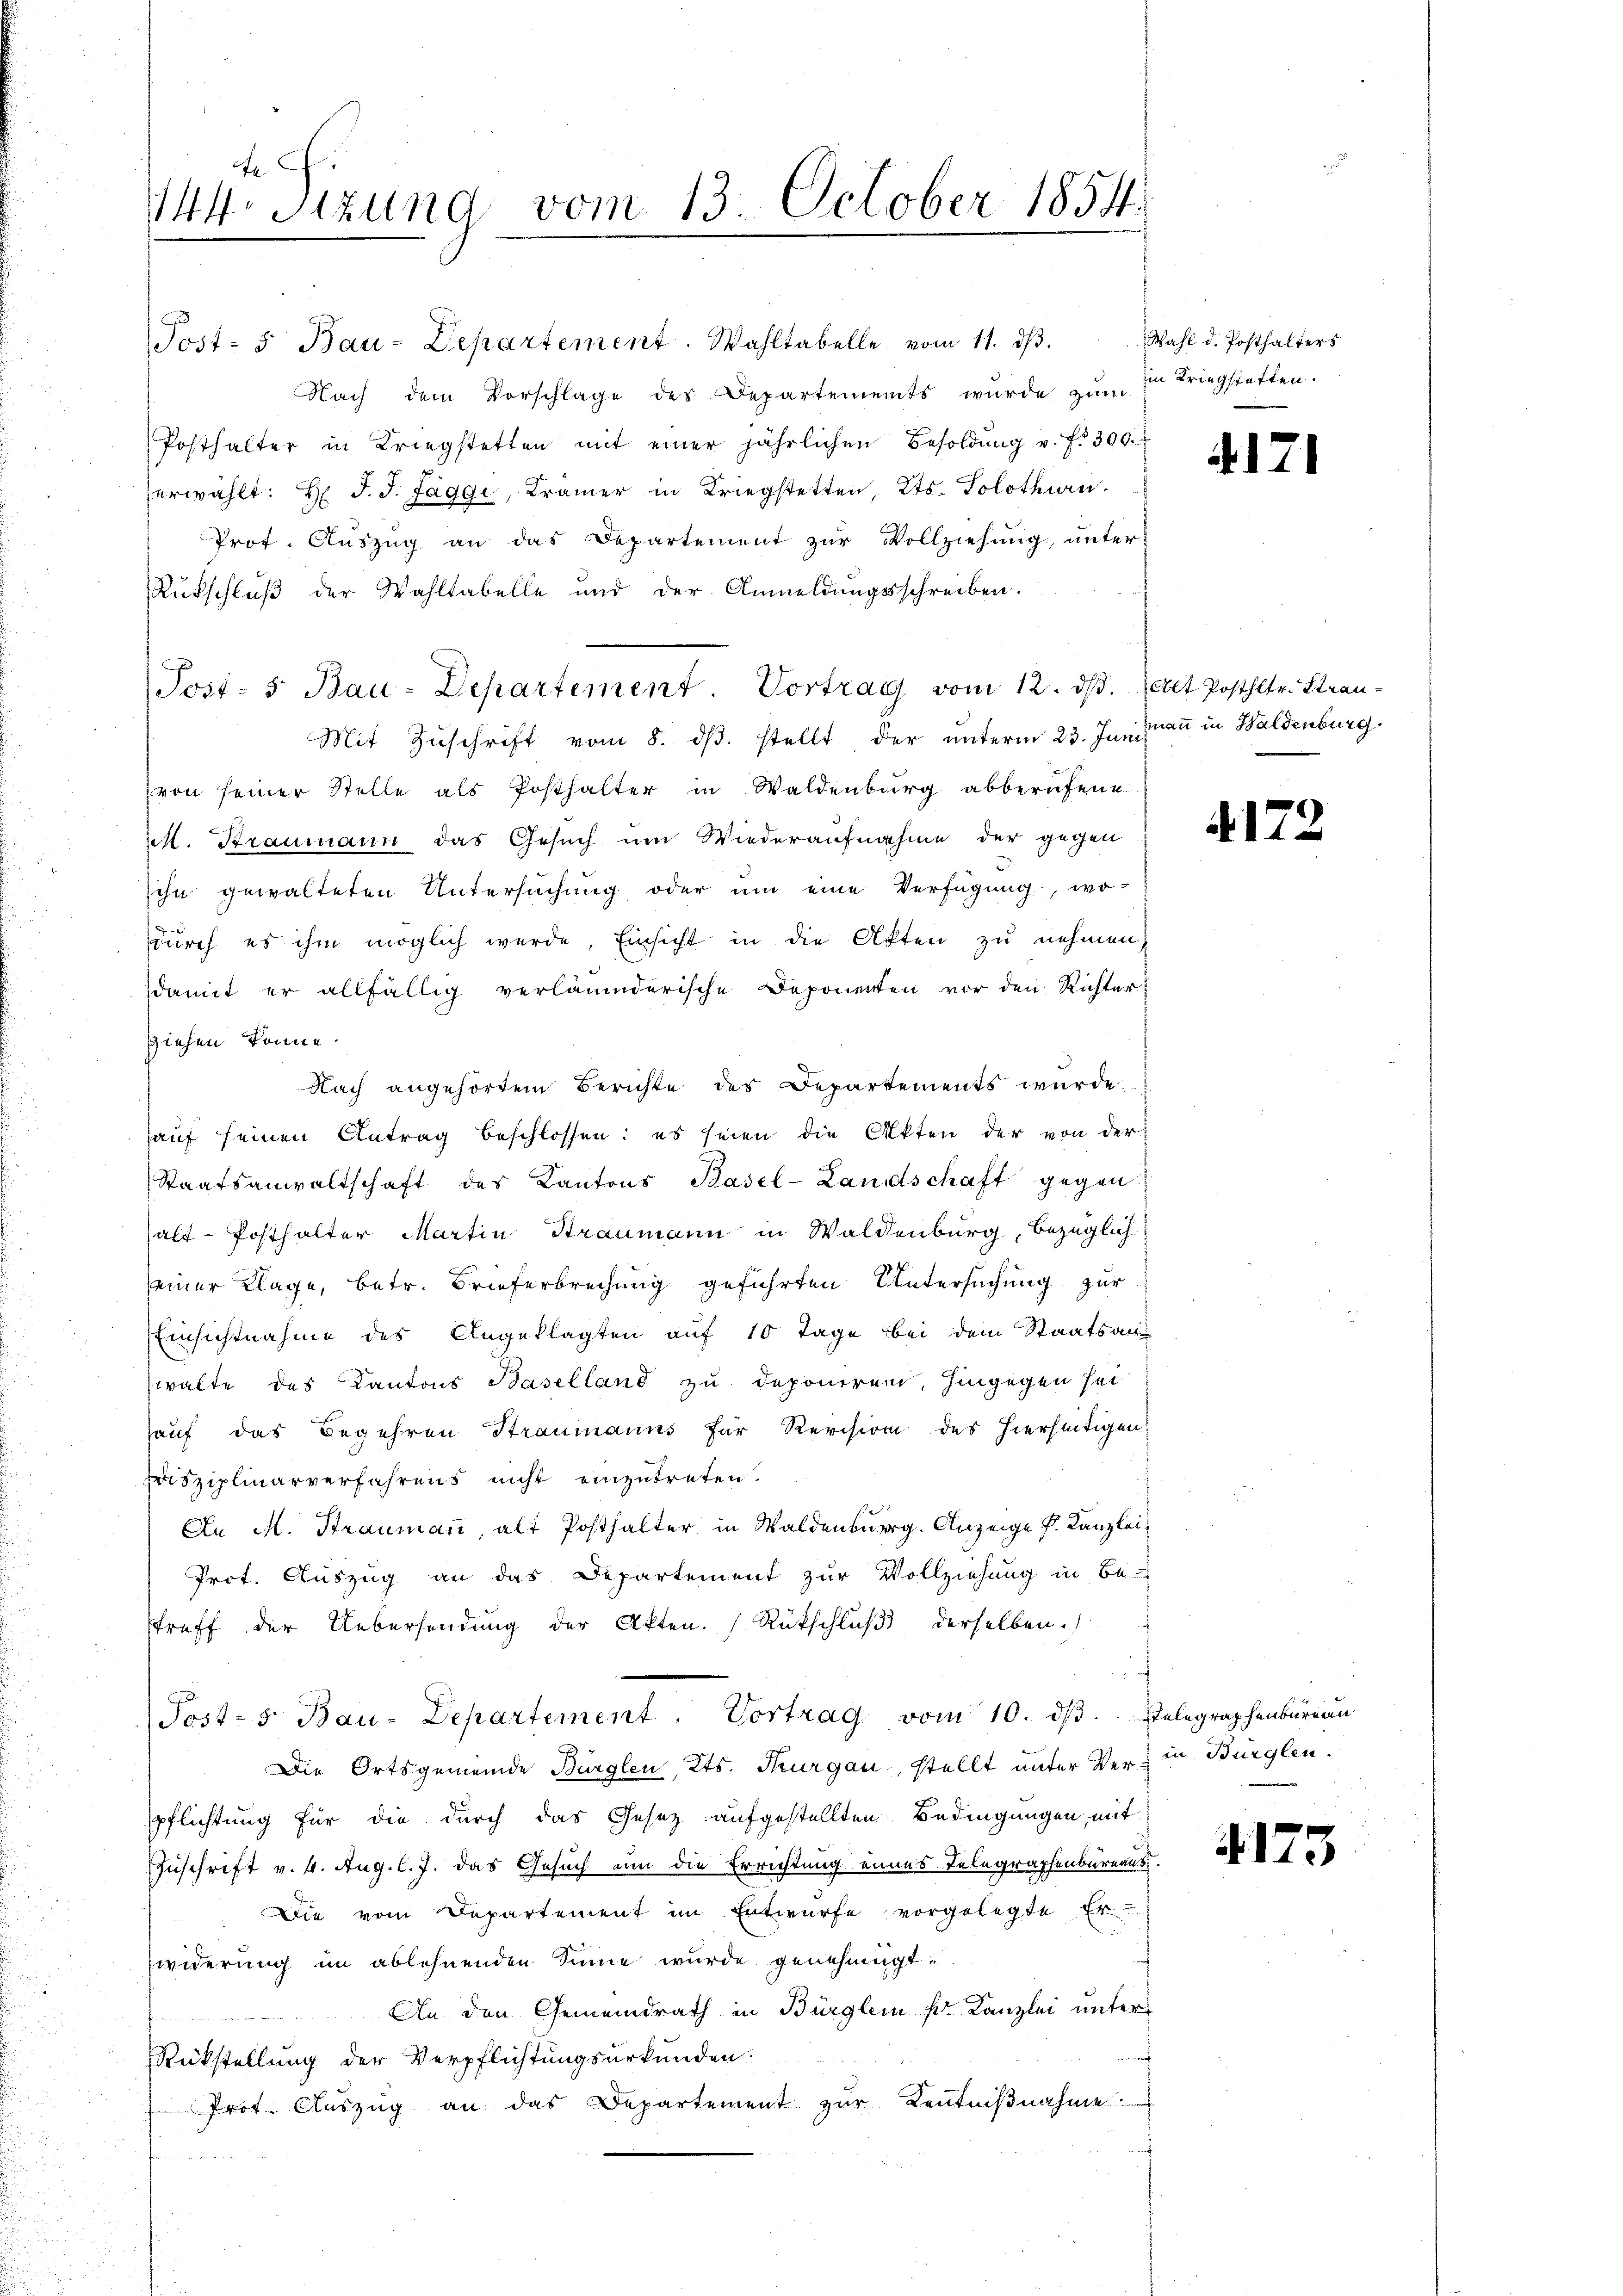
f
44 sizung vom 13. October 1854.

Post- 5. Bau-Departement. Wahltabelle vom 11. dβ.
Nach dem Vorschlage des Departements wurde zum in Kriegstatten.
Posthalter in Kriegstetten mit einer jährlichen Besoldŭng v. fr. 309.
herwählt: H. J. J. Jaggi, Kramer in Kriegstetten, Kts. Solothurn
Prot. Auszug an das Departement zur Vollziehung, unter
Rückschluß der Wahltabelle und der Anmeldungsschreiben.
Mit Zŭschrift vom 8. dβ. stellt der unterm 23. Junii an in Waldenburg
von seiner Stelle als Posthalter in Waldenburg abberufene
ist. Straumann das Gesuch um Wiederaufnahme der gegen
sihn gewalteten Untersuchung oder um eine Verfügung, wo-
durch es ihm möglich wurde, Einsicht in die Akten zu nehmen
damit er allfällig verläumderische Deponenten vor den Richterziehen könne.
Nach angehörtem Berichte des Departements wurde
auf seinen Antrag beschlossen: es seien die Akten der von der
Staatsanwaltschaft des Kantons Pasel-Landschaft gegen
alt-Posthalter Martin Straumann in Waldenburg, bezüglich
seiner Klage, betr. Brieferbrechung geführten Untersuchung zur
Einsichtnahme des Angeklagten auf 10 Tage bei dem Staatsans
walte des Kantons Baselland zu deponiren, hingegen sei
hauf das Begehren Straumanns für Revision des hierseitigen
heisziplinarverfahrens nicht einzutreten.
An M. Straumann alt Posthalter in Waldenburg. Anzeige P. Kanzlei¬
Prot. Auszug an das Departement zur Vollziehung in Be
treff der Uebersendung der Akten. Rückschlŭβ derselben.)
Post- 5. Bau-Departement. Vortrag vom 10. dβ. Telegraphenbüreau
Die Ortsgemeinde Bürglen, Kts. Thurgau, stellt unter Ver- in Bürglen.
spflichtung für die durch das Gesetz aufgestellten Bedingungen, mit
Zuschrift v. 4. Aug. l. J. das Gesuch um die Errichtung eines Telegraphenbureaus
Die vom Departement im Entwurfe vorgelegte Er-
Zwiderung im ablehnenden Sinne wurde genehmigt.
An den Gemeindrath in Bürglein pr. Kanzlei unter
Rückstellung der Verpflichtungsurkunden.
Prot. Aŭszŭg an das Departement zŭr Kenntniβnahme
u

Post- 5. Bau-Departement. Vortrag vom 12. dβ. (Alt Posthltr. Strau-

Wahl d. Posthalters

4171

4172

4173